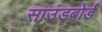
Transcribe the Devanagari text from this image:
साउंडबोर्ड